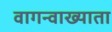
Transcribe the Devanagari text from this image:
वागन्वाख्याता